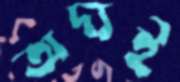
অদ্যই